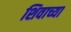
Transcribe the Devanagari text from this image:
शिवाच्या